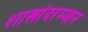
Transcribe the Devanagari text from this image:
शाखांदरम्यान